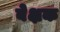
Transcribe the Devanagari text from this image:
बेक्षक